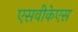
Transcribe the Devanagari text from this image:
एसवीकेएस